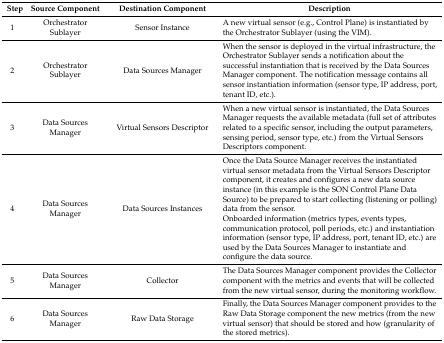
| Step | Source Component | Destination Component | Description |
 | --- | --- | --- | --- |
 | 1 | Orchestrator Sublayer | Sensor Instance | A new virtual sensor (e.g., Control Plane) is instantiated by the Orchestrator Sublayer (using the VIM). |
 | 2 | Orchestrator Sublayer | Data Sources Manager | When the sensor is deployed in the virtual infrastructure, the Orchestrator Sublayer sends a notification about the successful instantiation that is received by the Data Sources Manager component. The notification message contains all sensor instantiation information (sensor type, IP address, port, tenant ID, etc.). |
 | 3 | Data Sources Manager | Virtual Sensors Descriptor | When a new virtual sensor is instantiated, the Data Sources Manager requests the available metadata (full set of attributes related to a specific sensor, including the output parameters, sensing period, sensor type, etc.) from the Virtual Sensors Descriptors component. |
 | 4 | Data Sources Manager | Data Sources Instances | Once the Data Source Manager receives the instantiated virtual sensor metadata from the Virtual Sensors Descriptor component, it creates and configures a new data source instance (in this example is the SON Control Plane Data Source) to be prepared to start collecting (listening or polling) data from the sensor.Onboarded information (metrics types, events types, communication protocol, poll periods, etc.) and instantiation information (sensor type, IP address, port, tenant ID, etc.) are used by the Data Sources Manager to instantiate and configure the data source. |
 | 5 | Data Sources Manager | Collector | The Data Sources Manager component provides the Collector component with the metrics and events that will be collected from the new virtual sensor, during the monitoring workflow. |
 | 6 | Data Sources Manager | Raw Data Storage | Finally, the Data Sources Manager component provides to the Raw Data Storage component the new metrics (from the new virtual sensor) that should be stored and how (granularity of the stored metrics). |